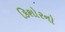
કિશોરનો